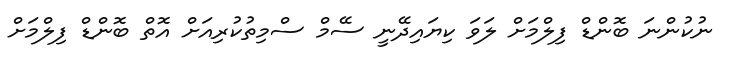
ނުކުންނަ ބޮންޑް ފިލްމަށް ލަވަ ކިޔައިދޭނީ ސޭމް ސްމިތުކުރިއަށް އޮތް ބޮންޑް ފިލްމަށް